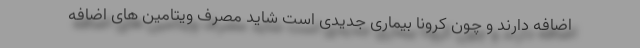
اضافه دارند و چون کرونا بیماری جدیدی است شاید مصرف ویتامین های اضافه